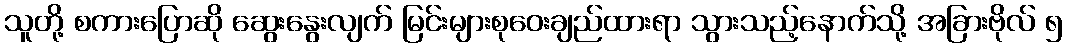
သူတို့ စကားပြောဆို ဆွေးနွေးလျက် မြင်းများစုဝေးချည်ထားရာ သွားသည့်နောက်သို့ အခြားဗိုလ် ၅